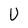
Character: U